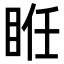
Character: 𥆂